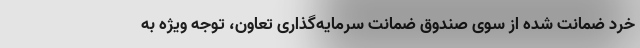
خرد ضمانت شده از سوی صندوق ضمانت سرمایه‌گذاری تعاون، توجه ویژه به